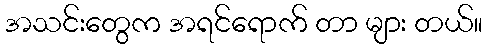
အသင်းတွေက အရင်ရောက် တာ များ တယ်။